Report on vaccination in the Province of Bengal - 1874-1889
Year: 1874
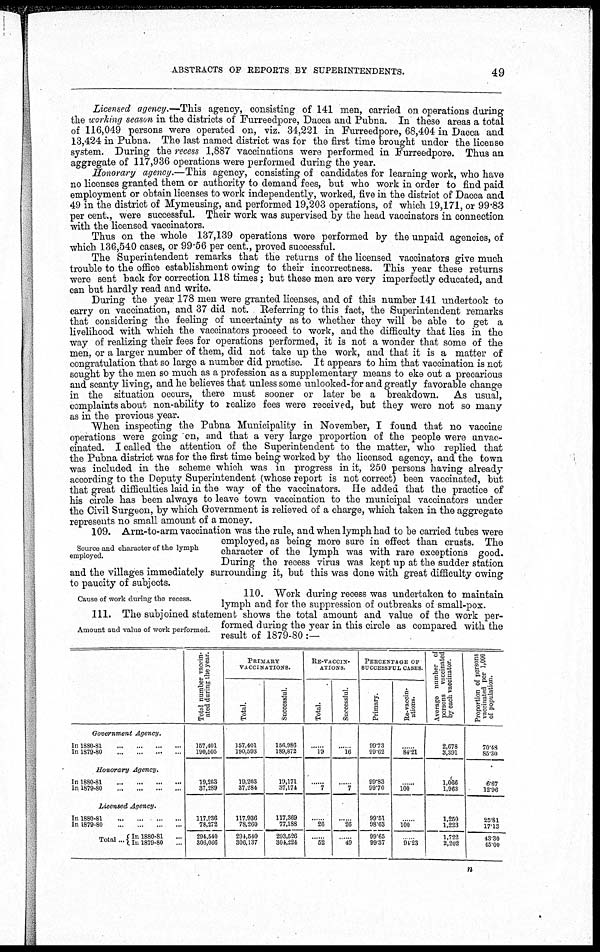
ABSTRACTS OF REPORTS BY SUPERINTENDENTS.
49
Licensed agency.—This agency, consisting of 141 men, carried on operations during
the working season in the districts of Furreedpore, Dacca and Pubna. In these areas a total
of 116,049 persons were operated on, viz. 34,221 in Furreedpore, 68,404 in Dacca and
13,424 in Pubna. The last named district was for the first time brought under the license
system. During the recess 1,887 vaccinations were performed in Furreedpore. Thus an
aggregate of 117,936 operations were performed during the year.
Honorary agency.—This agency, consisting of candidates for learning work, who have
no licenses granted them or authority to demand fees, but who work in order to find paid
employment or obtain licenses to work independently, worked, five in the district of Dacca and
49 in the district of Mymensing, and performed 19,203 operations, of which 19,171, or 99.83
per cent., were successful. Their work was supervised by the head vaccinators in connection
with the licensed vaccinators.
Thus on the whole 137,139 operations were performed by the unpaid agencies, of
which 136,540 cases, or 99.56 per cent., proved successful.
The Superintendent remarks that the returns of the licensed vaccinators give much
trouble to the office establishment owing to their incorrectness. This year these returns
were sent back for correction 118 times; but these men are very imperfectly educated, and
can but hardly read and write.
During the year 178 men were granted licenses, and of this number 141 undertook to
carry on vaccination, and 37 did not. Referring to this fact, the Superintendent remarks
that considering the feeling of uncertainty as to whether they will be able to get a
livelihood with which the vaccinators proceed to work, and the difficulty that lies in the
way of realizing their fees for operations performed, it is not a wonder that some of the
men, or a larger number of them, did not take up the work, and that it is a matter of
congratulation that so large a number did practise. It appears to him that vaccination is not
sought by the men so much as a profession as a supplementary means to eke out a precarious
and scanty living, and he believes that unless some unlooked-for and greatly favorable change
in the situation occurs, there must sooner or later be a breakdown. As usual,
complaints about non-ability to realize fees were received, but they were not so many
as in the previous year.
When inspecting the Pubna Municipality in November, I found that no vaccine
operations were going on, and that a very large proportion of the people were unvac-
cinated. I called the attention of the Superintendent to the matter, who replied that
the Pubna district was for the first time being worked by the licensed agency, and the town
was included in the scheme which was in progress in it, 250 persons having already
according to the Deputy Superintendent (whose report is not correct) been vaccinated, but
that great difficulties laid in the way of the vaccinators. He added that the practice of
his circle has been always to leave town vaccination to the municipal vaccinators under
the Civil Surgeon, by which Government is relieved of a charge, which taken in the aggregate
represents no small amount of a money.
Source and character of the lymph
employed.
109. Arm-to-arm vaccination was the rule, and when lymph had to be carried tubes were
employed, as being more sure in effect than crusts. The
character of the lymph was with rare exceptions good.
During the recess virus was kept up at the sudder station
and the villages immediately surrounding it, but this was done with great difficulty owing
to paucity of subjects.
Cause of work during the recess.
110. Work during recess was undertaken to maintain
lymph and for the suppression of outbreaks of small-pox.
Amount and value of work performed.
111. The subjoined statement shows the total amount and value of the work per-
formed during the year in this circle as compared with the
result of 1879-80 :—
Government Agency.
In 1880-81
...
...
...
...
In 1879-80
...
...
...
...
Honorary
Agency.
In 1880-81
...
...
...
...
In 1879-80
...
...
...
...
Licensed Agency.
In 1880-81
...
...
...
...
In 1879-80
...
...
...
...
Total... In 1880-81 ...
In 1879-80 ...
Total number vaccin-
ated during the year.
157,401
190,505
19,203
37,289
117,936
78,272
294,540
306,066
PRIMARY
VACCINATIONS.
Total.
157,401
190,593
19,203
37,284
117,936
78,260
294,540
306,137
Successful.
156,986
189,872
19,171
37,174
117,369
77,188
293,526
304,224
RE-VACCIN-
------.
Total.
......
19
......
7
......
26
......
52
Successful.
......
16
......
7
......
26
......
49
PERCENTAGE OF
SUCCESSFUL CASES
Primary.
99.73
99.62
99.83
99.70
99.51
98.63
99.65
99.37
Re-vaccin-
ations.
......
84.21
......
100
......
100
......
94.23
Average number of
p ersons vaccinated
by
each vaccinator.
2,678
3,391
1,066
1,963
1,250
1,223
1,722
2,202
Proportion of persons
vaccinated per 1,000
of population.
70.48
85.30
6.67
12.96
25.81
17.13
43.30
45.00
n